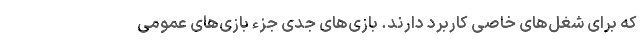
که برای شغل‌های خاصی کاربرد دارند. بازی‌های جدی جزء بازی‌های عمومی